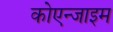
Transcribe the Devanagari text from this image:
कोएन्जाइम